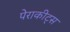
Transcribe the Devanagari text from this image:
पेराकीट्स